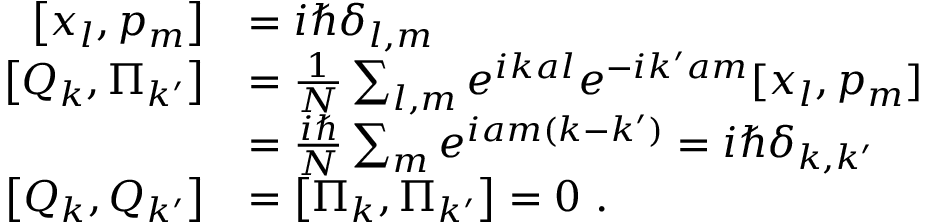
{ \begin{array} { r l } { \left[ x _ { l } , p _ { m } \right] } & { = i \hbar \delta _ { l , m } } \\ { \left[ Q _ { k } , \Pi _ { k ^ { \prime } } \right] } & { = { \frac { 1 } { N } } \sum _ { l , m } e ^ { i k a l } e ^ { - i k ^ { \prime } a m } [ x _ { l } , p _ { m } ] } \\ & { = { \frac { i \hbar } { N } } \sum _ { m } e ^ { i a m ( k - k ^ { \prime } ) } = i \hbar \delta _ { k , k ^ { \prime } } } \\ { \left[ Q _ { k } , Q _ { k ^ { \prime } } \right] } & { = \left[ \Pi _ { k } , \Pi _ { k ^ { \prime } } \right] = 0 ~ . } \end{array} }